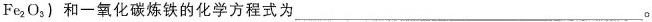
Fe2O3)和一氧化碳炼铁的化学方程式为___。